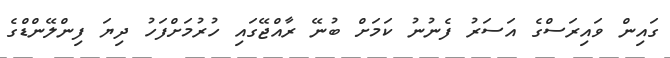
ގައިން ވައިރަސްގެ އަސަރު ފެނުނު ކަމަށް ބުނޭ ރާއްޖޭގައި ހުރުމަށްފަހު ދިޔަ ފިންލޭންޑްގެ